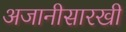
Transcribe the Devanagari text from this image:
अजानीसारखी